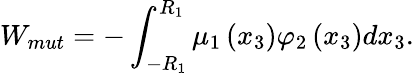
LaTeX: W_{mut}=-\int_{-R_{1}}^{R_{1}}\mu_{1}\left(x_{3}\right)\varphi_{2}\left(x_{3}\right)dx_{3}.